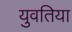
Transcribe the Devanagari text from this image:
युवतिया